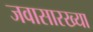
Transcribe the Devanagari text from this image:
जवासारख्या